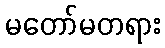
မတော်မတရား